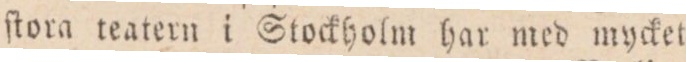
ſtora teatern i Stockholm har med mycket